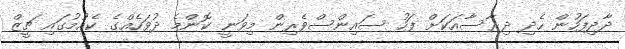
ދާދިފަހުން ހެދި ދިރާސާއަކަށް ފަހު ސައިންސްވެރިން މިވަނީ ކޮންމެ ދުވަހެއްގެ ކެއުމުގައި ޗީޒް